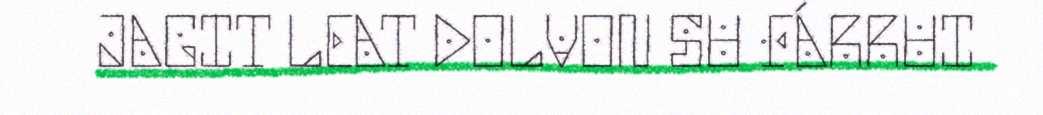
JAGIT LEAT DOLVON SU FÁRRUI